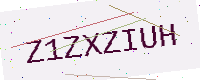
Text: Z1ZXZIUH